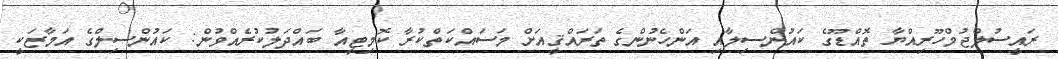
ރައީސުލްޖުމްހޫރިއްޔާ ތޮއްޑޫގެ ކައުންސިލާއި އަންހެނުންގެ ތަރައްޤީއަށް މަސައްކަތްކުރާ ކޮމިޓީއާ ބައްދަލުކުރެއްވުން: ކައުންސިލްގެ އަމާޒަކީ